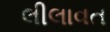
લીલાવત